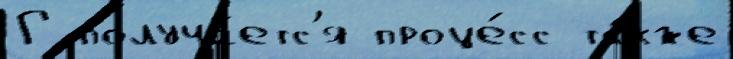
Г получа́етс'я проце́сс та́кже